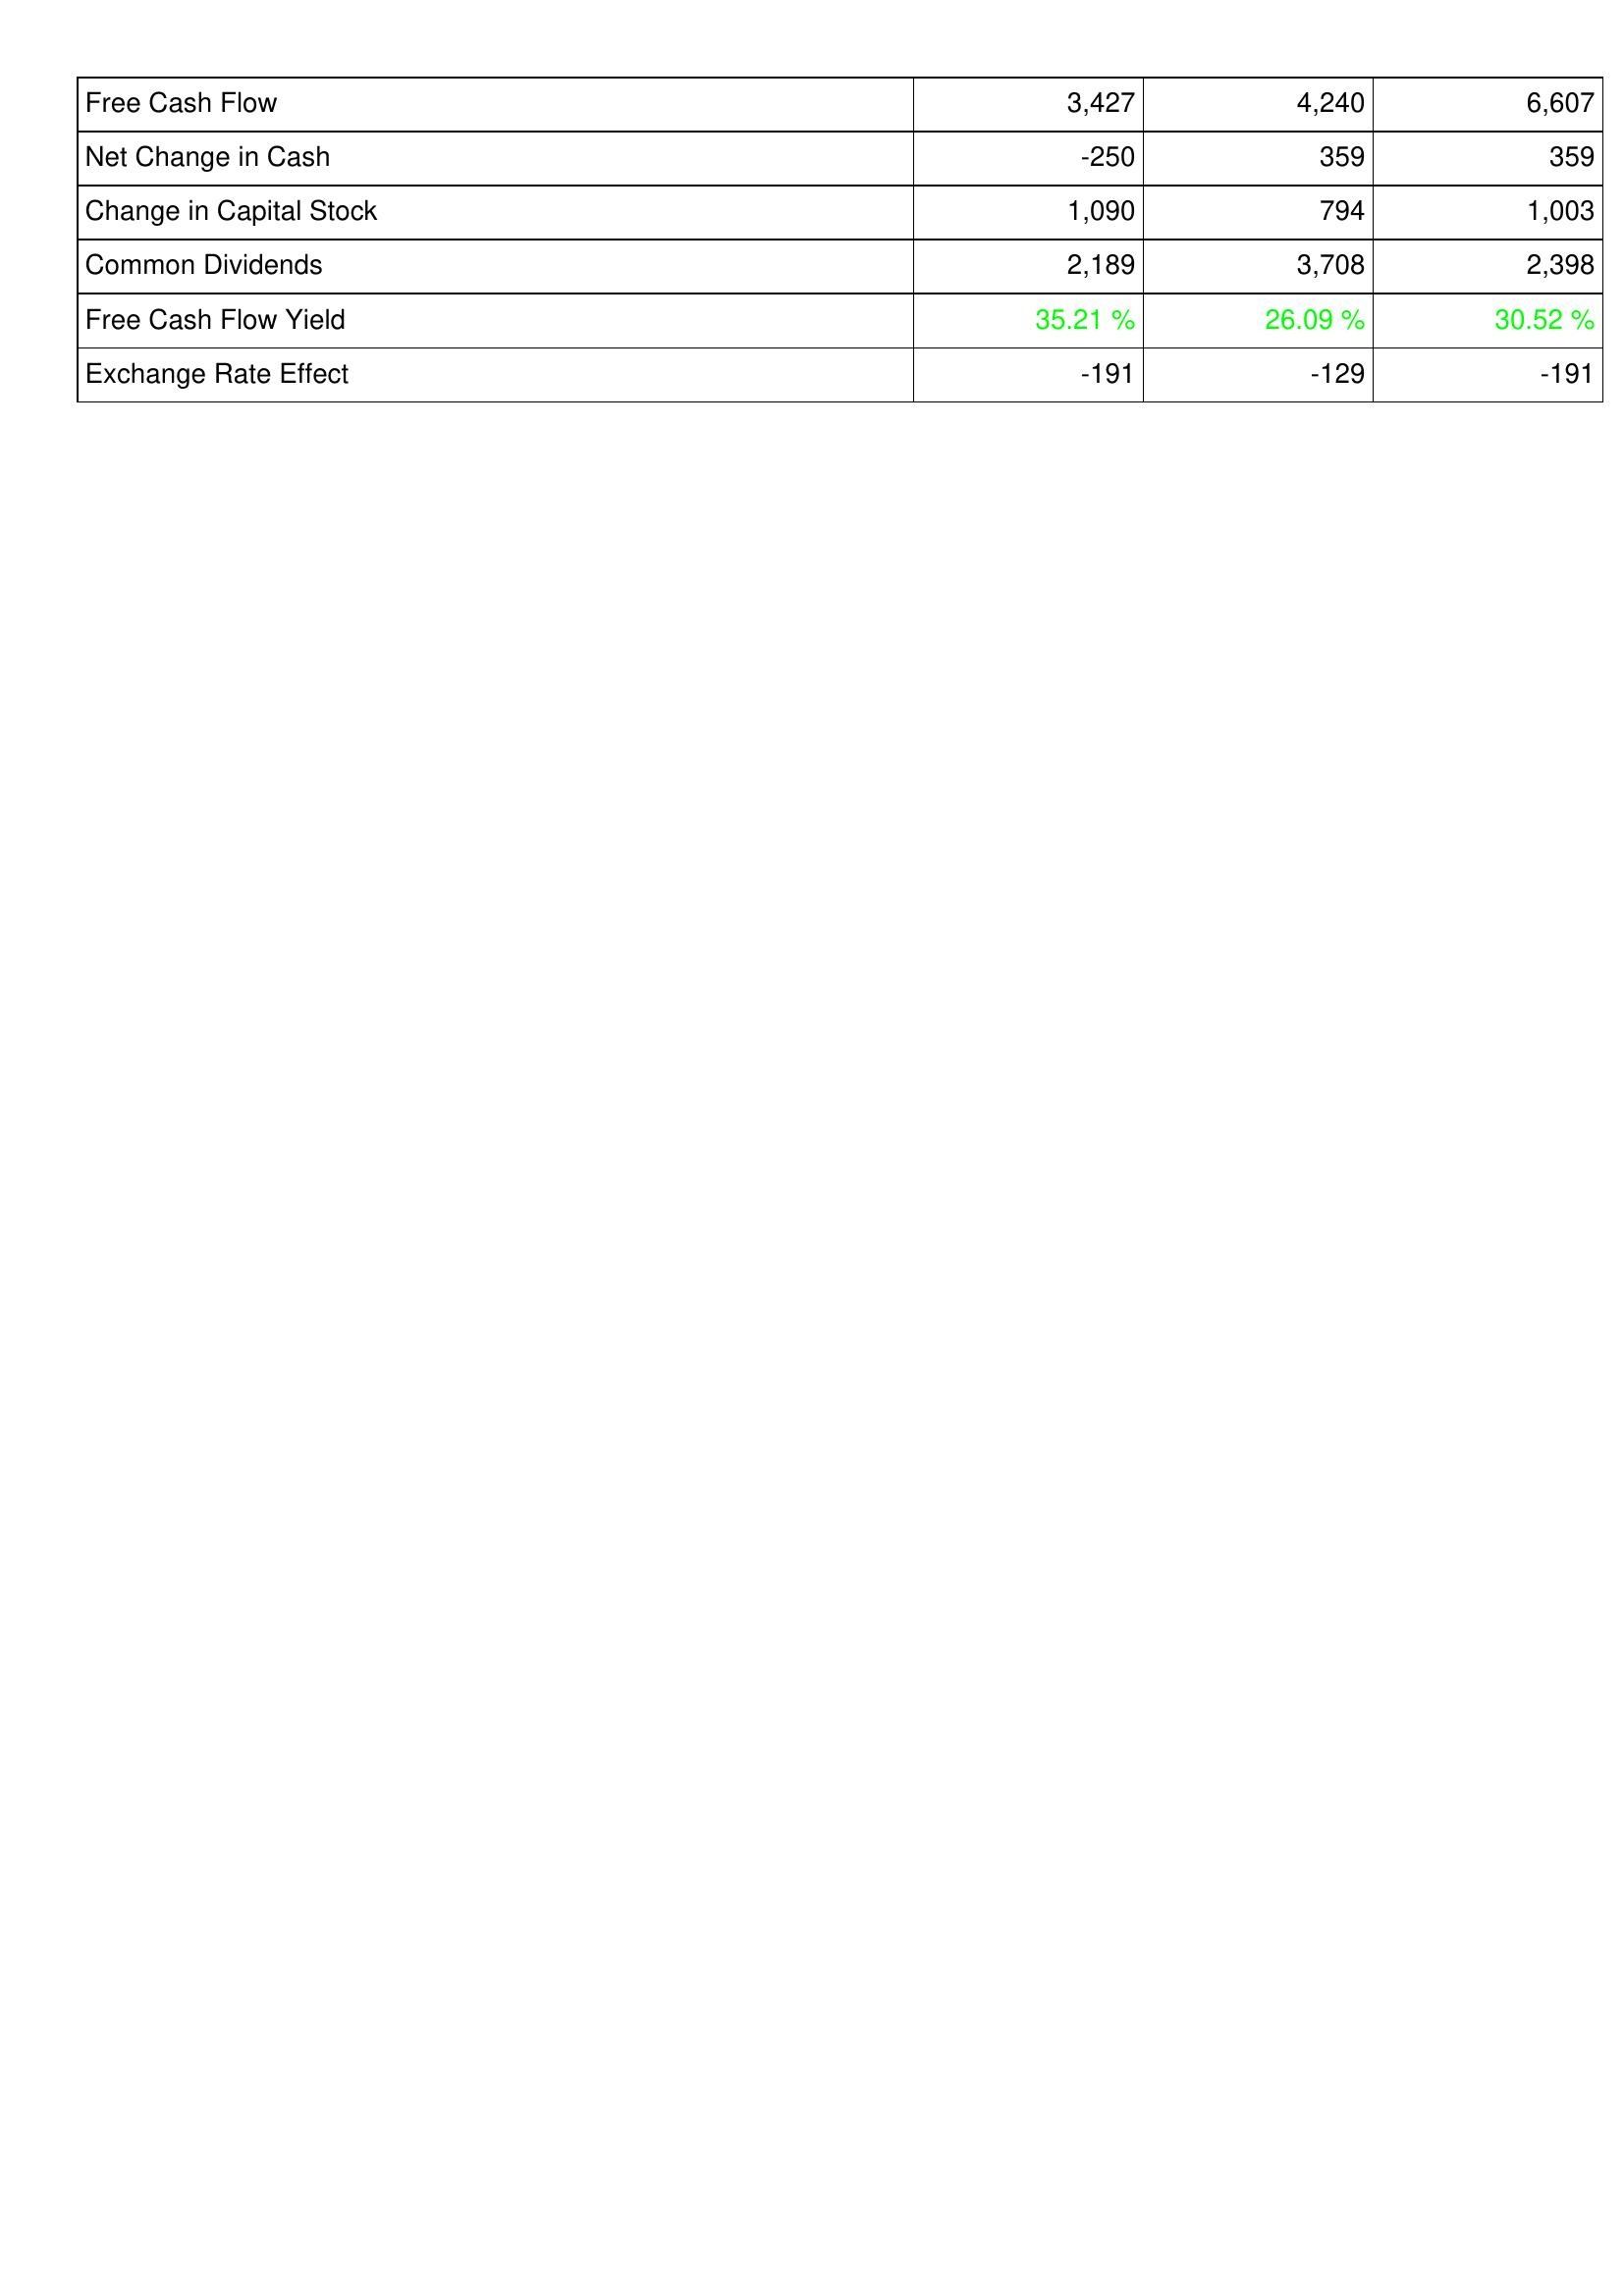
2018: Financing Activities: Free Cash Flow: 3,427
Net Change in Cash: -250
Change in Capital Stock: 1,090
Common Dividends: 2,189
Free Cash Flow Yield: 35.21 %
Exchange Rate Effect: -191
2017: Financing Activities: Free Cash Flow: 4,240
Net Change in Cash: 359
Change in Capital Stock: 794
Common Dividends: 3,708
Free Cash Flow Yield: 26.09 %
Exchange Rate Effect: -129
2016: Financing Activities: Free Cash Flow: 6,607
Net Change in Cash: 359
Change in Capital Stock: 1,003
Common Dividends: 2,398
Free Cash Flow Yield: 30.52 %
Exchange Rate Effect: -191